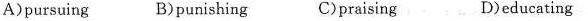
A)pursuing B)punishing C)praising D)educating